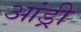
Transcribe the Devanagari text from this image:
आंड्री